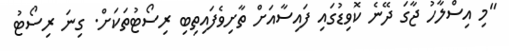
"މި އިސްލާހު ޖާގަ ދޭނެ ކޮވިޑުގައި ފައިސާއަށް ތާށިވެފައިތިބި ރިސޯޓުތަކަށް. ގިނަ ރިސޯޓު